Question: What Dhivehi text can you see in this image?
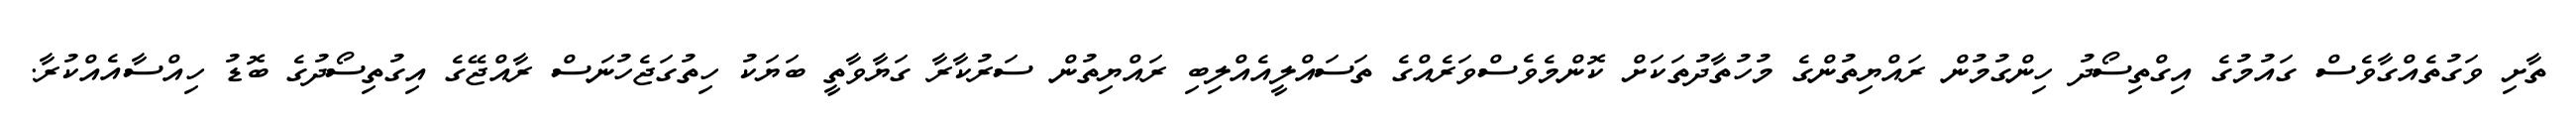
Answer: ތާށި ވަގުތެއްގާވެސް ގައުމުގެ އިގްތިސޯދު ހިންގުމުން ރައްޔިތުންގެ މުހުތާދުތަކަށް ކޮންމެވެސްވަރެއްގެ ތަސައްލީއެއްލިބި ރައްޔިތުން ސަރުކާރާ ގަޔާވާތީ ބަޔަކު ހިތުގަޖެހުނަސް ރާއްޖޭގެ އިގުތިސޯދުގެ ބޮޑު ހިއްސާއެއްކުރާ.